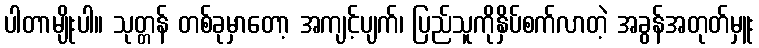
ပါတာမျိုးပါ။ သုတ္တန် တစ်ခုမှာတော့ အကျင့်ပျက်၊ ပြည်သူကိုနှိပ်စက်လာတဲ့ အခွန်အတုတ်မှူး